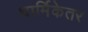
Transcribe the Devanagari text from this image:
धार्मिकेतर